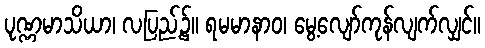
ပုဏ္ဏမာသိယာ၊ လပြည့်၌။ ရမမာနာဝ၊ မွေ့လျော်ကုန်လျက်လျှင်။